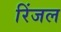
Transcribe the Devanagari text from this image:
रिंजल